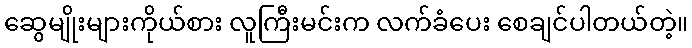
ဆွေမျိုးများကိုယ်စား လူကြီးမင်းက လက်ခံပေး စေချင်ပါတယ်တဲ့။